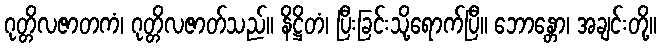
ဂုတ္တိလဇာတကံ၊ ဂုတ္တိလဇာတ်သည်။ နိဋ္ဌိတံ၊ ပြီးခြင်းသို့ရောက်ပြီ။ ဘောန္တော၊ အချင်းတို့။